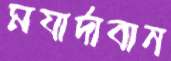
মযার্দাবান